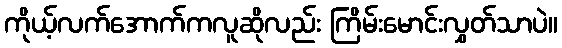
ကိုယ့်လက်အောက်ကလူဆိုလည်း ကြိမ်းမောင်းလွှတ်သာပဲ။